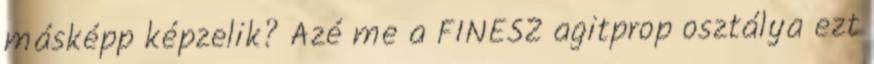
másképp képzelik? Azé me a FINESZ agitprop osztálya ezt